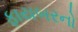
ફાયબરનો